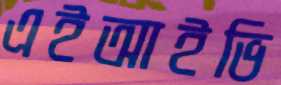
এইআইভি